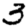
Digit: 3